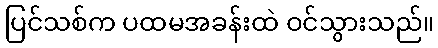
ပြင်သစ်က ပထမအခန်းထဲ ဝင်သွားသည်။